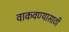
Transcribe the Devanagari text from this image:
वाकवण्यासाठी